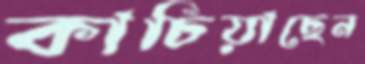
কাচিয়াছেন